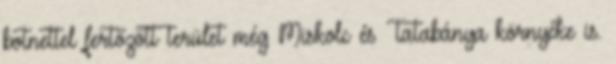
botnettel fertőzött terület még Miskolc és Tatabánya környéke is.